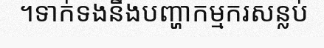
។ទាក់ទងនឹងបញ្ហាកម្មករសន្លប់